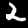
Digit: 2